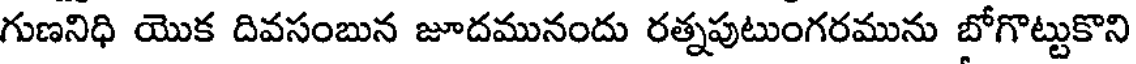
గుణనిధి యొక దివసంబున జూదమునందు రత్నపుటుంగరమును బోగొట్టుకొని